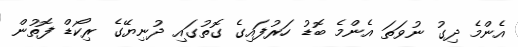
އެންމެ ދިގު ނުވަތަ އެންމެ ބޮޑު ހަރުފައިގެ ގޮތުގައި ދުނިޔޭގެ ރިކޯޑް ފޮތުން